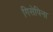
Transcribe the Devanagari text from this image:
गिसेपिना